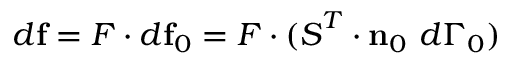
d \mathbf { f } = { \boldsymbol { F } } \cdot d \mathbf { f } _ { 0 } = { \boldsymbol { F } } \cdot ( { \boldsymbol { S } } ^ { T } \cdot \mathbf { n } _ { 0 } ~ d \Gamma _ { 0 } )